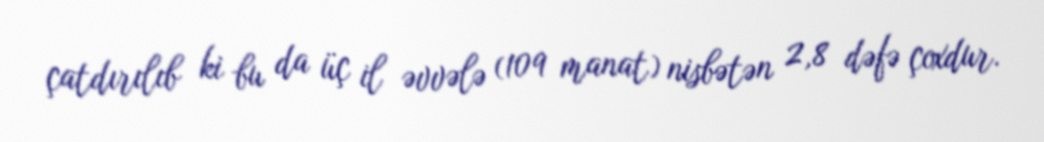
çatdırılıb ki bu da üç il əvvələ (109 manat) nisbətən 2,8 dəfə çoxdur.